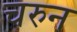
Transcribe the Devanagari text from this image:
चरुन